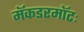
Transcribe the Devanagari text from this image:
मॅकडरमॉटः